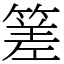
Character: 𥰭